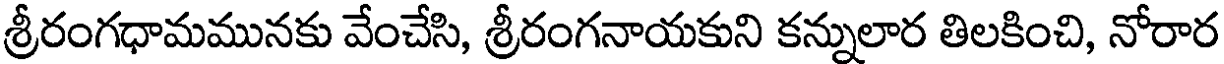
శ్రీరంగధామమునకు వేంచేసి, శ్రీరంగనాయకుని కన్నులార తిలకించి, నోరార